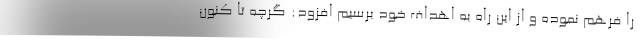
را فرهم نموده و از این راه به اهداف خود برسیم افزود: گرچه تا کنون